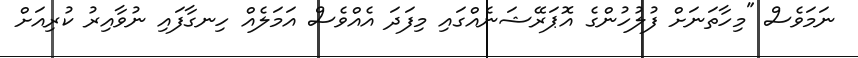
ނަމަވެސް "މިހާތަނަށް ފުލުހުންގެ އޮޕަރޭޝަނެއްގައި މިފަދަ އެއްވެސް އަމަލެއް ހިނގާފައި ނުވާއިރު ކުރިއަށް